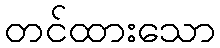
တင်ထားသော